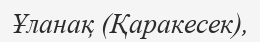
Ұланақ (Қаракесек),